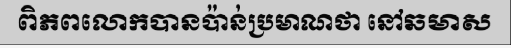
ពិភពលោកបានប៉ាន់ប្រមាណថា នៅឆមាស